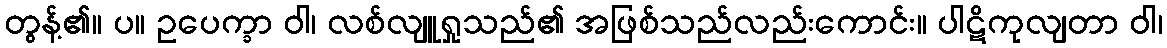
တွန့်၏။ ပ။ ဥပေက္ခာ ဝါ၊ လစ်လျူရှုသည်၏ အဖြစ်သည်လည်းကောင်း။ ပါဋိကုလျတာ ဝါ၊